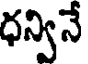
ధన్వినే